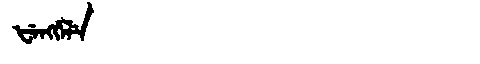
Manchu: ᡶᡝᠩᡤᡝᠯᡝ
Romanization: FENGGELE